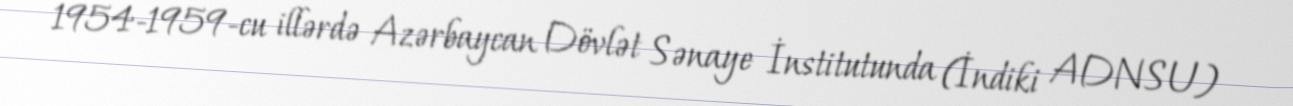
1954-1959-cu illərdə Azərbaycan Dövlət Sənaye İnstitutunda (İndiki ADNSU)